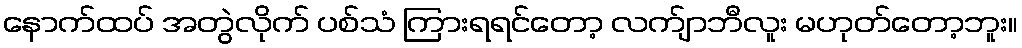
နောက်ထပ် အတွဲလိုက် ပစ်သံ ကြားရရင်တော့ လက်ျာဘီလူး မဟုတ်တော့ဘူး။